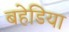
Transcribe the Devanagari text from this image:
बहेडिया